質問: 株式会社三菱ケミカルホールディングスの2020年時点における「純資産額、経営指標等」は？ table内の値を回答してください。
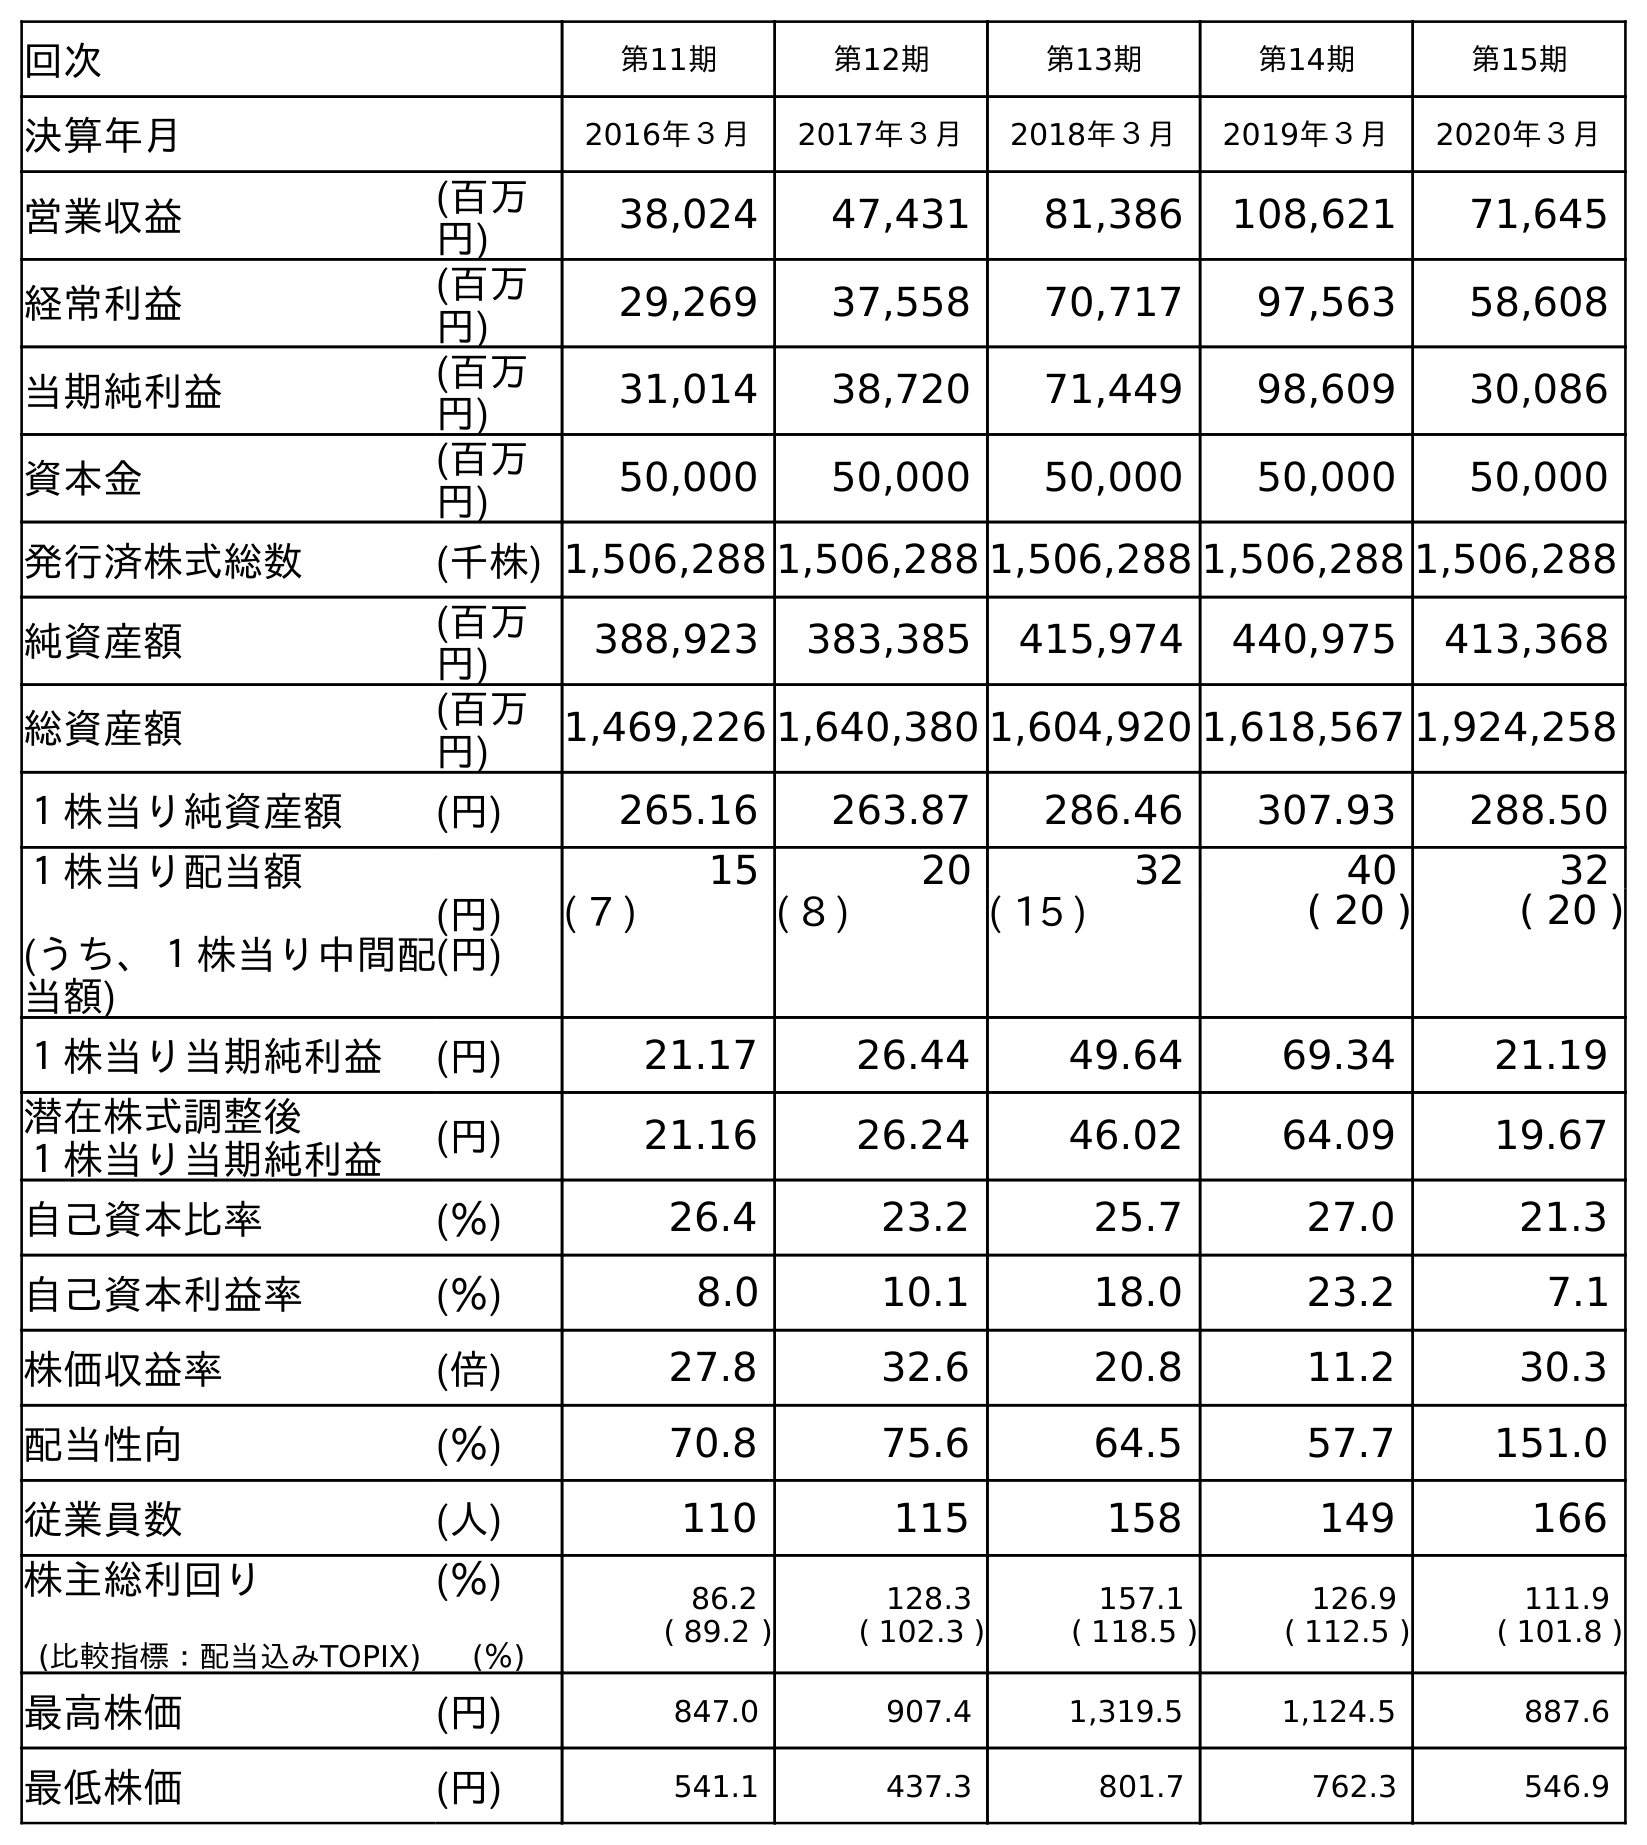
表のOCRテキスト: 回次 第11期 第12期 第13期 第14期 第15期 決算年月 2016年３月 2017年３月 2018年３月 2019年３月 2020年３月 営業収益 (百万 円) 38,024 47,431 81,386 108,621 71,645 経常利益 (百万 円) 29,269 37,558 70,717 97,563 58,608 当期純利益 (百万 円) 31,014 38,720 71,449 98,609 30,086 資本金 (百万 円) 50,000 50,000 50,000 50,000 50,000 発行済株式総数 (千株) 1,506,288 1,506,288 1,506,288 1,506,288 1,506,288 純資産額 (百万 円) 388,923 383,385 415,974 440,975 413,368 総資産額 (百万 円) 1,469,226 1,640,380 1,604,920 1,618,567 1,924,258 １株当り純資産額 (円) 265.16 263.87 286.46 307.93 288.50 １株当り配当額 (うち、１株当り中間配 当額) (円) (円) 15 20 32 40 32 ( 7 ) ( 8 ) ( 15 ) ( 20 ) ( 20 ) １株当り当期純利益 (円) 21.17 26.44 49.64 69.34 21.19 潜在株式調整後 １株当り当期純利益 (円) 21.16 26.24 46.02 64.09 19.67 自己資本比率 (％) 26.4 23.2 25.7 27.0 21.3 自己資本利益率 (％) 8.0 10.1 18.0 23.2 7.1 株価収益率 (倍) 27.8 32.6 20.8 11.2 30.3 配当性向 (％) 70.8 75.6 64.5 57.7 151.0 従業員数 (人) 110 115 158 149 166 株主総利回り (比較指標：配当込みTOPIX) (％) (％) 86.2 ( 89.2 ) 128.3 ( 102.3 ) 157.1 ( 118.5 ) 126.9 ( 112.5 ) 111.9 ( 101.8 ) 最高株価 (円) 847.0 907.4 1,319.5 1,124.5 887.6 最低株価 (円) 541.1 437.3 801.7 762.3 546.9
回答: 413,368